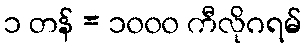
၁ တန် = ၁၀၀၀ ကီလိုဂရမ်